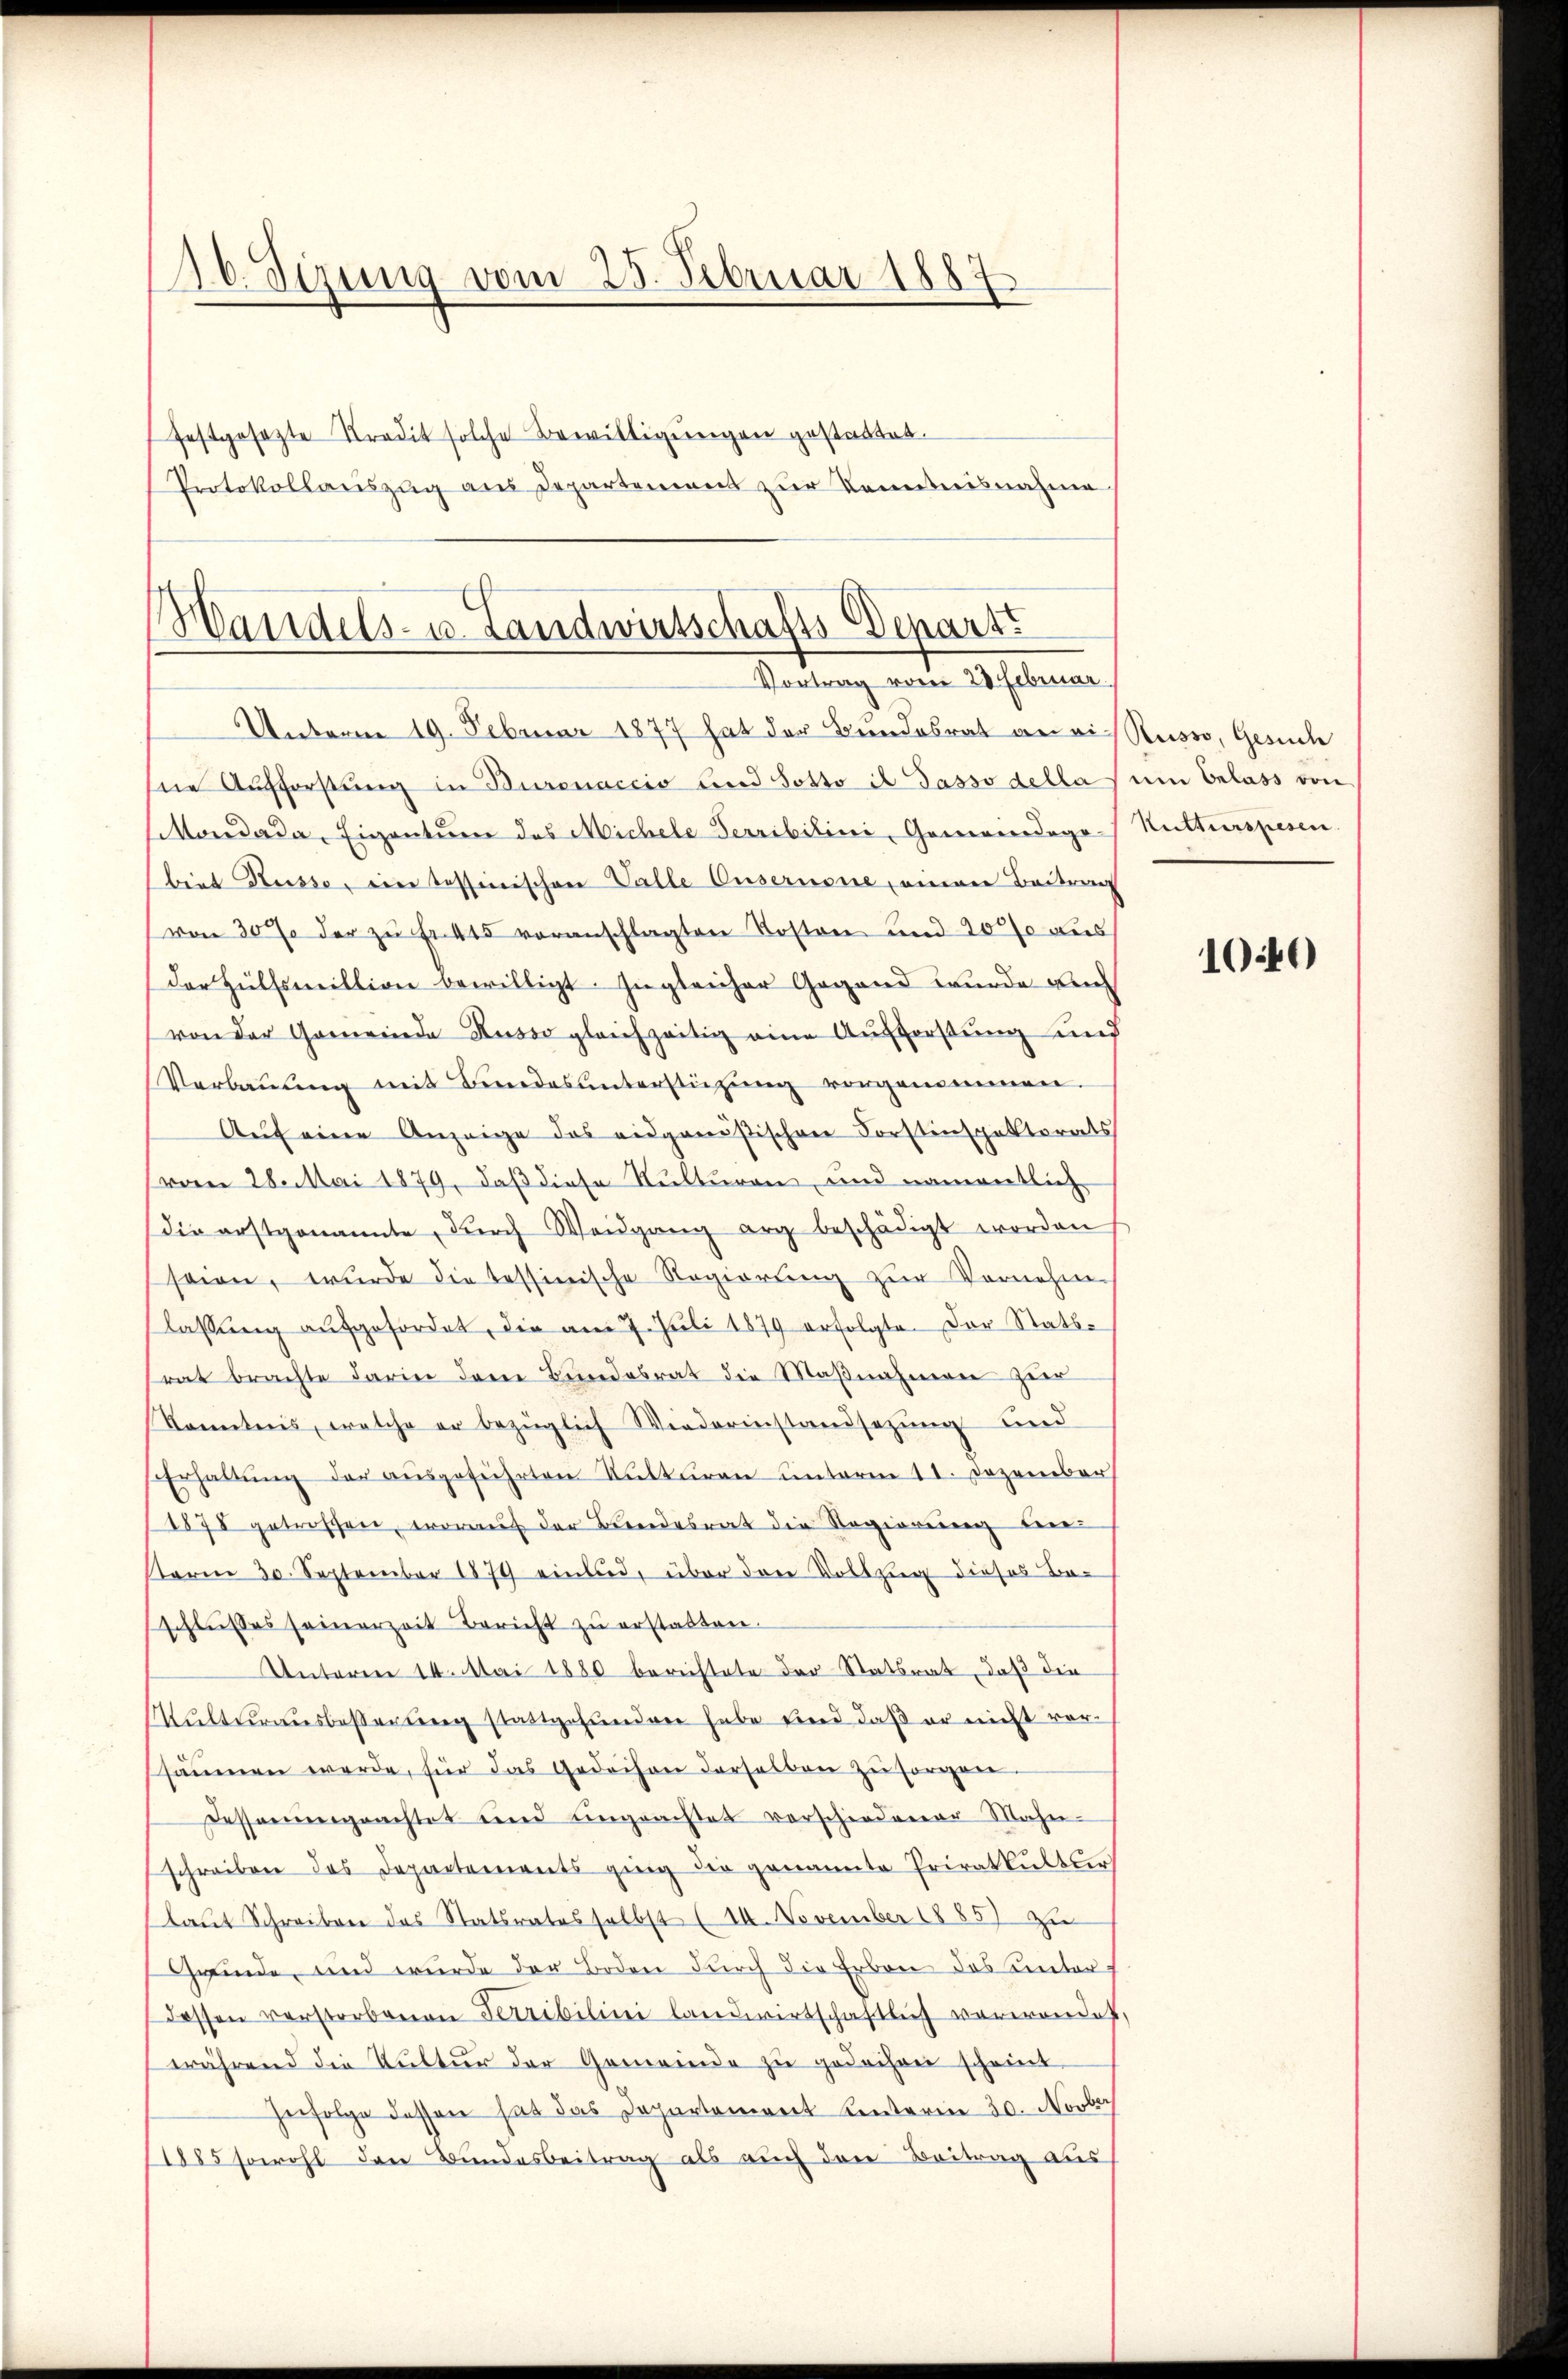
20. Sizung vom 25. Februar 1887
festgesetzte Stradit solche Bewilligungen gestattet.
Protokollauszug aus Departement zur Kenntnisnahme

Handels- u. Landwirtschafts-Depart
Vortrag vom 28 Februar.
Unterm 19. Februar 1877 hat der Bundesrat an ein Ruswo, Gesuch

hne Aufforstung in Burcnaccio und sotto il Tasso della um Erlass von
Mondada, Eigentur das Michele Terribilini, Gamerodogo-Kutterspesen
biet Russe, ein Tessinischen Valle Eusernone, einen Beitrag
von 30% der zŭ Fr. 415 voranschlagten Kosten und 2000 aus
Der Hülfsmillion bewilligt. Zugleicher Gegend wurde am
von der Gemeinde Kusso gleichzeitig eine Aufforstung und
Verbaŭŭng mit Bundes ŭnterstüzung vorgenommen.
Aŭf eine Anzeige das eidgenößischen Forstinspektorats
(vom 28. Mai 1879, daß diese Kulturen und namentlich
die erstgenannte, dŭrch Weidgang erg beschädigt worden
seien, wurde die tessinische Regierŭng zŭr Vernehm
lassung aufgefordet, die am 7. Juli 1879 erfolgte. Der Stats-
rat brachte darin dem Bundesrat die Maßnahmen zur
Kenntnis, welche er bezüglich Wiederinstandsetzung und
Erhaltŭng der aŭsgeführten Unttŭren unterm 11. Dezember
1878 getroffen, worauf der Bundesrat die Regierung beri
term 30. September 1879 einlud, über den Vollzug dieses Beschlußes seinerzeit Bericht zŭ erstatten.
Unteren 14. Mai 1880 berichtete der Statsrat, daß die
Kulturausbeßerung stattgefunden habe und daß er nicht vorsämen werde, für das Gedächen derselben zu sorgen.
desserungeachtet und ungeachtes verschiedener Mahn-
schreiben das Departements ging die genannte Privatkŭltser
laut Schreiben des Statsrates selbst (14. November 1885) zu
Grinde und wurde der Boden durch die Erben des unterdessen verstorbenen Terribilini landwirtschaftlich verwendet,
während die Kultur der Gemeinde zu gedachen scheint.
Herfolge dessen hat das Departement Kenterin 30. Novber
1885 sowohl den Bundesbeitrag als auch den Beitrag aus

1040